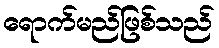
ရောက်မည်ဖြစ်သည်